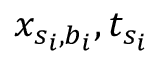
x _ { s _ { i } , b _ { i } } , t _ { s _ { i } }